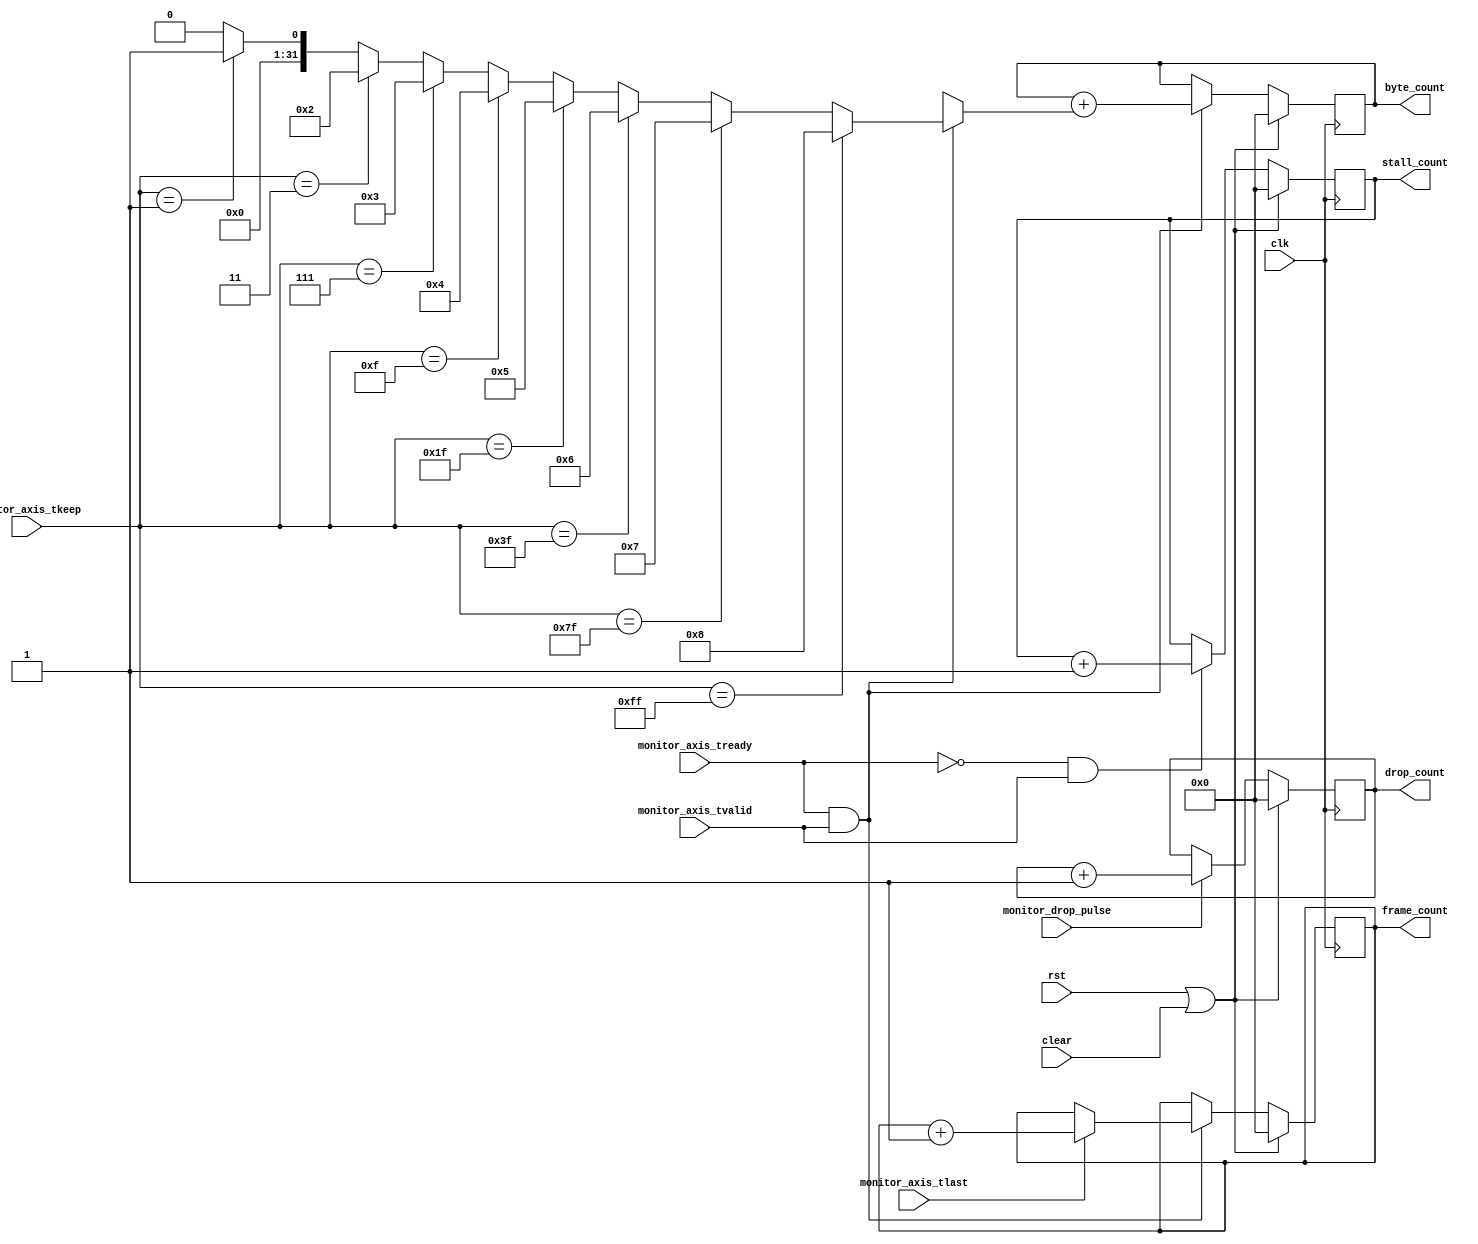
/*

Copyright (c) 2019-2021 Moein Khazraee

Permission is hereby granted, free of charge, to any person obtaining a copy
of this software and associated documentation files (the "Software"), to deal
in the Software without restriction, including without limitation the rights
to use, copy, modify, merge, publish, distribute, sublicense, and/or sell
copies of the Software, and to permit persons to whom the Software is
furnished to do so, subject to the following conditions:

The above copyright notice and this permission notice shall be included in
all copies or substantial portions of the Software.

THE SOFTWARE IS PROVIDED "AS IS", WITHOUT WARRANTY OF ANY KIND, EXPRESS OR
IMPLIED, INCLUDING BUT NOT LIMITED TO THE WARRANTIES OF MERCHANTABILITY
FITNESS FOR A PARTICULAR PURPOSE AND NONINFRINGEMENT. IN NO EVENT SHALL THE
AUTHORS OR COPYRIGHT HOLDERS BE LIABLE FOR ANY CLAIM, DAMAGES OR OTHER
LIABILITY, WHETHER IN AN ACTION OF CONTRACT, TORT OR OTHERWISE, ARISING FROM,
OUT OF OR IN CONNECTION WITH THE SOFTWARE OR THE USE OR OTHER DEALINGS IN
THE SOFTWARE.

*/

// Language: Verilog 2001

`resetall
`timescale 1ns / 1ps
`default_nettype none

module axis_stat # (
  parameter KEEP_WIDTH        = 8,
  // If KEEP_ENABLE is not 1, byte_count represents word count
  parameter KEEP_ENABLE       = KEEP_WIDTH>1,
  parameter BYTE_COUNT_WIDTH  = 32,
  parameter FRAME_COUNT_WIDTH = 32
) (
  input  wire                         clk,
  input  wire                         rst,
  input  wire                         clear,

  input  wire [KEEP_WIDTH-1:0]        monitor_axis_tkeep,
  input  wire                         monitor_axis_tvalid,
  input  wire                         monitor_axis_tready,
  input  wire                         monitor_axis_tlast,
  input  wire                         monitor_drop_pulse,

  output reg  [BYTE_COUNT_WIDTH-1:0]  byte_count,
  output reg  [FRAME_COUNT_WIDTH-1:0] frame_count,
  output reg  [FRAME_COUNT_WIDTH-1:0] drop_count,
  output reg  [FRAME_COUNT_WIDTH-1:0] stall_count
);

integer i, bit_cnt;

always @ (posedge clk) begin

  // valid transfer cycle
  if (monitor_axis_tready && monitor_axis_tvalid) begin
    if (KEEP_ENABLE) begin
      bit_cnt = 0;
      for (i = 0; i <= KEEP_WIDTH; i = i + 1) begin
        //bit_cnt = bit_cnt + monitor_axis_tkeep[i];
        if (monitor_axis_tkeep == ({KEEP_WIDTH{1'b1}}) >> (KEEP_WIDTH-i)) bit_cnt = i;
      end
      byte_count <= byte_count + bit_cnt;
    end else begin
      byte_count <= byte_count + 1;
    end

    if (monitor_axis_tlast)
      frame_count <= frame_count + 1;
  end

  if (!monitor_axis_tready && monitor_axis_tvalid)
    stall_count <= stall_count + 1;

  if (monitor_drop_pulse)
    drop_count <= drop_count + 1;


  if (rst || clear) begin
    byte_count  <= {BYTE_COUNT_WIDTH{1'b0}};
    frame_count <= {FRAME_COUNT_WIDTH{1'b0}};
    drop_count  <= {FRAME_COUNT_WIDTH{1'b0}};
    stall_count  <= {FRAME_COUNT_WIDTH{1'b0}};
  end

end

endmodule

`resetall